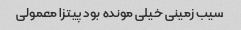
سیب زمینی خیلی مونده بود پیتزا معمولی